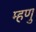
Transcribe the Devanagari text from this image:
म्हणु